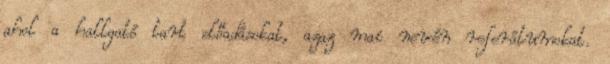
ahol a hallgató tart előadásokat, azaz mai nevén referátumokat.